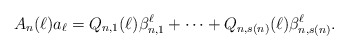
\begin{align*}A_n(\ell)a_{\ell}=Q_{n,1}(\ell)\beta_{n,1}^{\ell}+\cdots+Q_{n,s(n)}(\ell)\beta_{n,s(n)}^{\ell}.\end{align*}